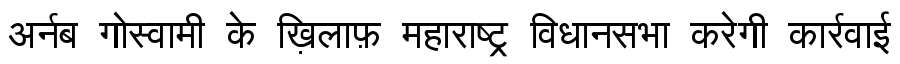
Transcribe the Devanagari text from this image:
अर्नब गोस्वामी के ख़िलाफ़ महाराष्ट्र विधानसभा करेगी कार्रवाई